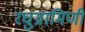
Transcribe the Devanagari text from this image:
रघुग्रामिणी